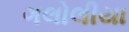
ગલોલીયા